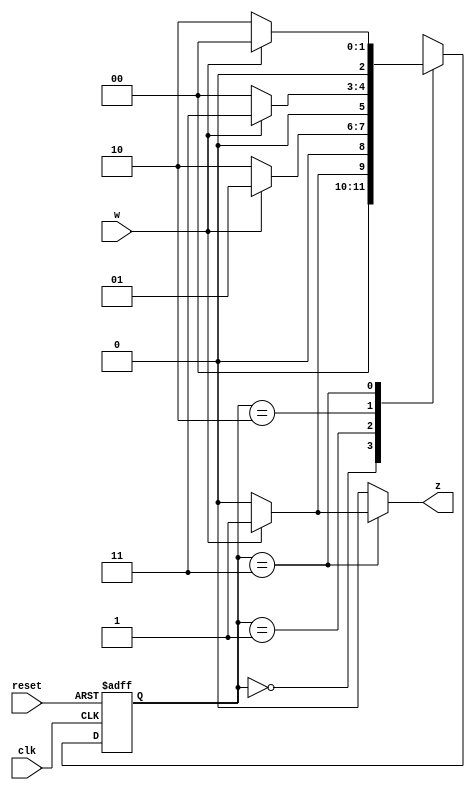
module Mealyno_1011(w,z,clk,reset);
   input w,clk,reset;
	output reg z;
	reg [2:0]y,Y;
	parameter A =3'b000,B =3'b001,C =3'b010,D =3'b011,E =3'b100;
	
   always@(posedge clk,negedge reset)
   begin 
     if(!reset)
	     y<=A;
	  else
        y<=Y;
	end

   always@(w,y)
   begin
    case(y)
	   A:if(w)
		  begin
		   Y<=B;
		   z<=0;
			end
		   else
			begin
			 Y<=A;
			 z<=0;
			end
			 
		 B:if(w)
		   begin
		    Y<=B;
			 z<=0;
			end
			else
			begin
			 Y<=C;
			 z<=0;
			 end
			 
		
		 C:if(w)
		   begin
		    Y<=D;
			 z<=0;
			end
			else
			begin
			 Y<=A;
			 z<=0;
			 end
			 
		D :if(w)
		    begin
		    Y<=A;
			 z<=1;
			end
			else
			begin
			 Y<=C;
			 z<=0;
			 end
			 
			 default:begin 
			 Y<=2'bxx;
			 z<=0;
			 end
	  
	 endcase
	end
endmodule